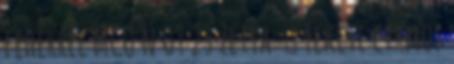
fehérrel MCO n 09 23 Zetta: ♀ Fekete cirmos